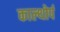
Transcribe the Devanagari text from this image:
काल्थोर्प